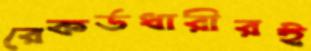
রেকর্ডধারীরই